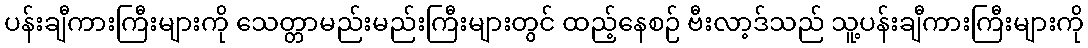
ပန်းချီကားကြီးများကို သေတ္တာမည်းမည်းကြီးများတွင် ထည့်နေစဉ် ဗီးလာ့ဒ်သည် သူ့ပန်းချီကားကြီးများကို